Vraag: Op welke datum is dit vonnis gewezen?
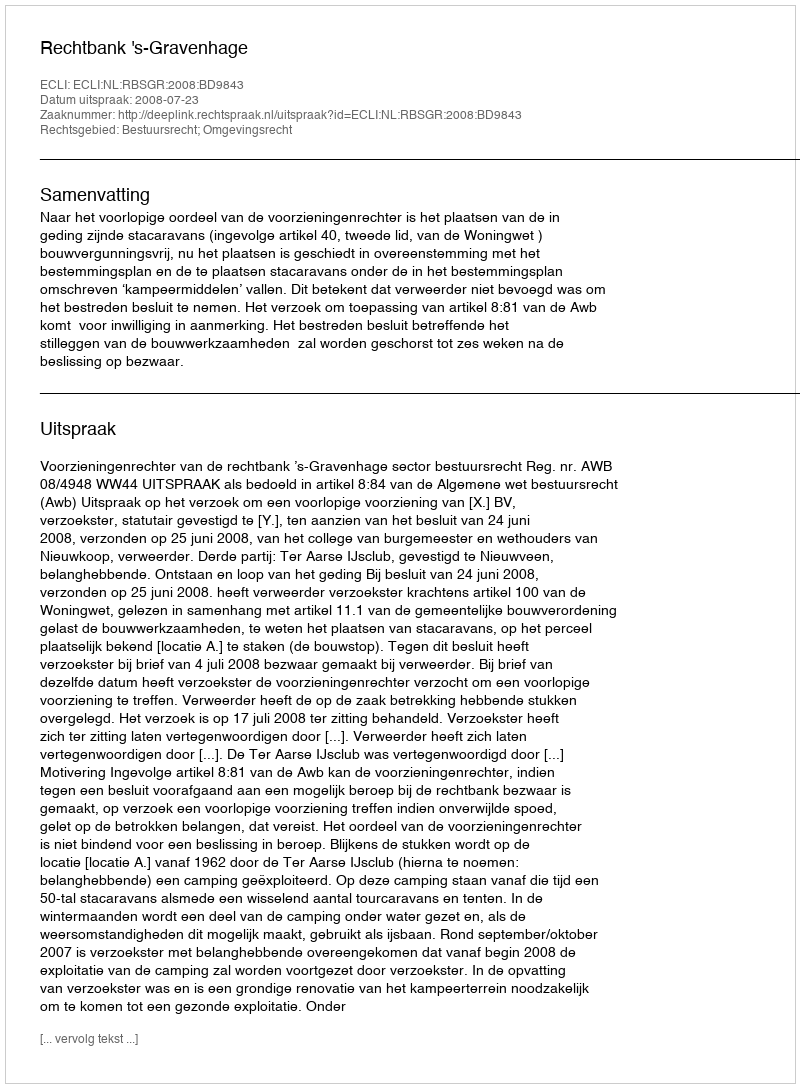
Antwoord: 2008-07-23